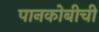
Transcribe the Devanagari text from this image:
पानकोबीची